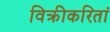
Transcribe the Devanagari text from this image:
विक्रीकरितां